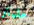
مليار